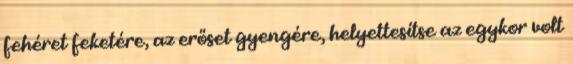
fehéret feketére, az erőset gyengére, helyettesítse az egykor volt